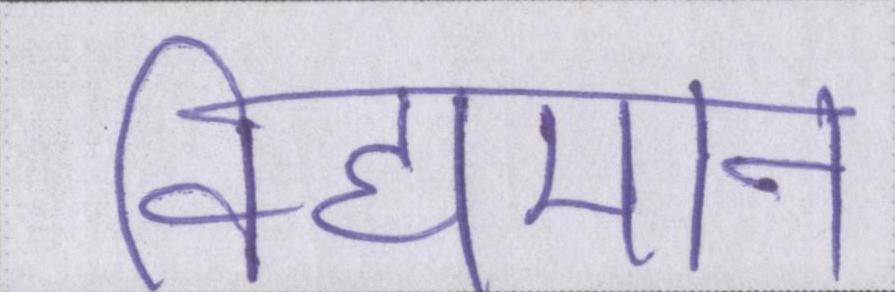
विद्यमान